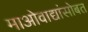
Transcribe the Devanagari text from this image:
माओवाद्यांसोबत